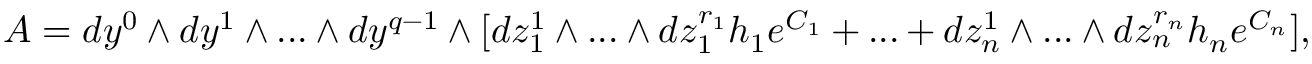
{ \cal A } = d y ^ { 0 } \wedge d y ^ { 1 } \wedge . . . \wedge d y ^ { q - 1 } \wedge [ d z _ { 1 } ^ { 1 } \wedge . . . \wedge d z _ { 1 } ^ { r _ { 1 } } h _ { 1 } e ^ { C _ { 1 } } + . . . + d z _ { n } ^ { 1 } \wedge . . . \wedge d z _ { n } ^ { r _ { n } } h _ { n } e ^ { C _ { n } } ] ,